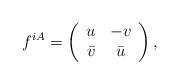
LaTeX: \begin{align*}f^{iA} = \left(\begin{array}{cc} u & -v \\ \bar v & \bar u \end{array} \right),\end{align*}